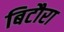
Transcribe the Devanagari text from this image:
बिटौरा